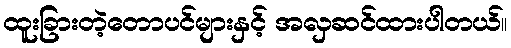
ထူးခြားတဲ့တောပင်များနှင့် အလှဆင်ထားပါတယ်။